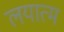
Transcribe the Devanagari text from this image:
लयात्म